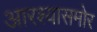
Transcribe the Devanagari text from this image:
आरश्यासमोर